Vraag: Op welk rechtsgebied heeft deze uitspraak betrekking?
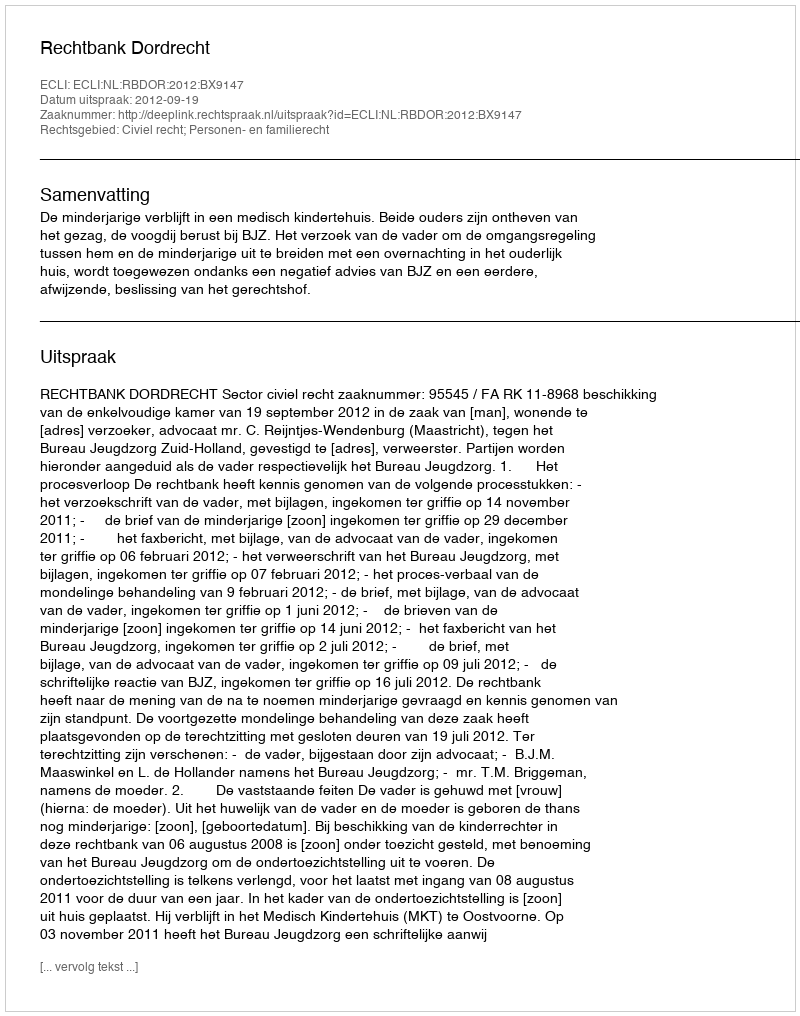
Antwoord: Civiel recht; Personen- en familierecht